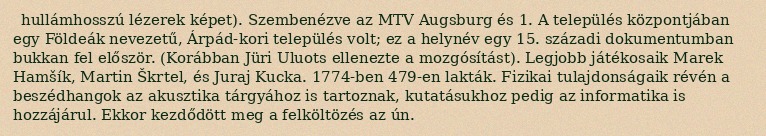
hullámhosszú lézerek képet). Szembenézve az MTV Augsburg és 1. A település központjában egy Földeák nevezetű, Árpád-kori település volt; ez a helynév egy 15. századi dokumentumban bukkan fel először. (Korábban Jüri Uluots ellenezte a mozgósítást). Legjobb játékosaik Marek Hamšík, Martin Škrtel, és Juraj Kucka. 1774-ben 479-en lakták. Fizikai tulajdonságaik révén a beszédhangok az akusztika tárgyához is tartoznak, kutatásukhoz pedig az informatika is hozzájárul. Ekkor kezdődött meg a felköltözés az ún.